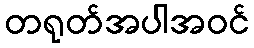
တရုတ်အပါအဝင်